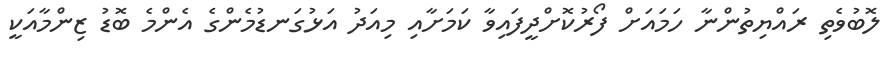
ލޮބުވެތި ރައްޔިތުންނާ ހަމައަށް ފޯރުކޮށްދީފައިވާ ކަމަށާއި މިއަދު އަޅުގަނޑުމެންގެ އެންމެ ބޮޑު ޒިންމާއަކީ